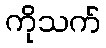
ကိုသက်